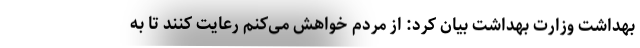
بهداشت وزارت بهداشت بیان کرد: از مردم خواهش می‌کنم رعایت کنند تا به